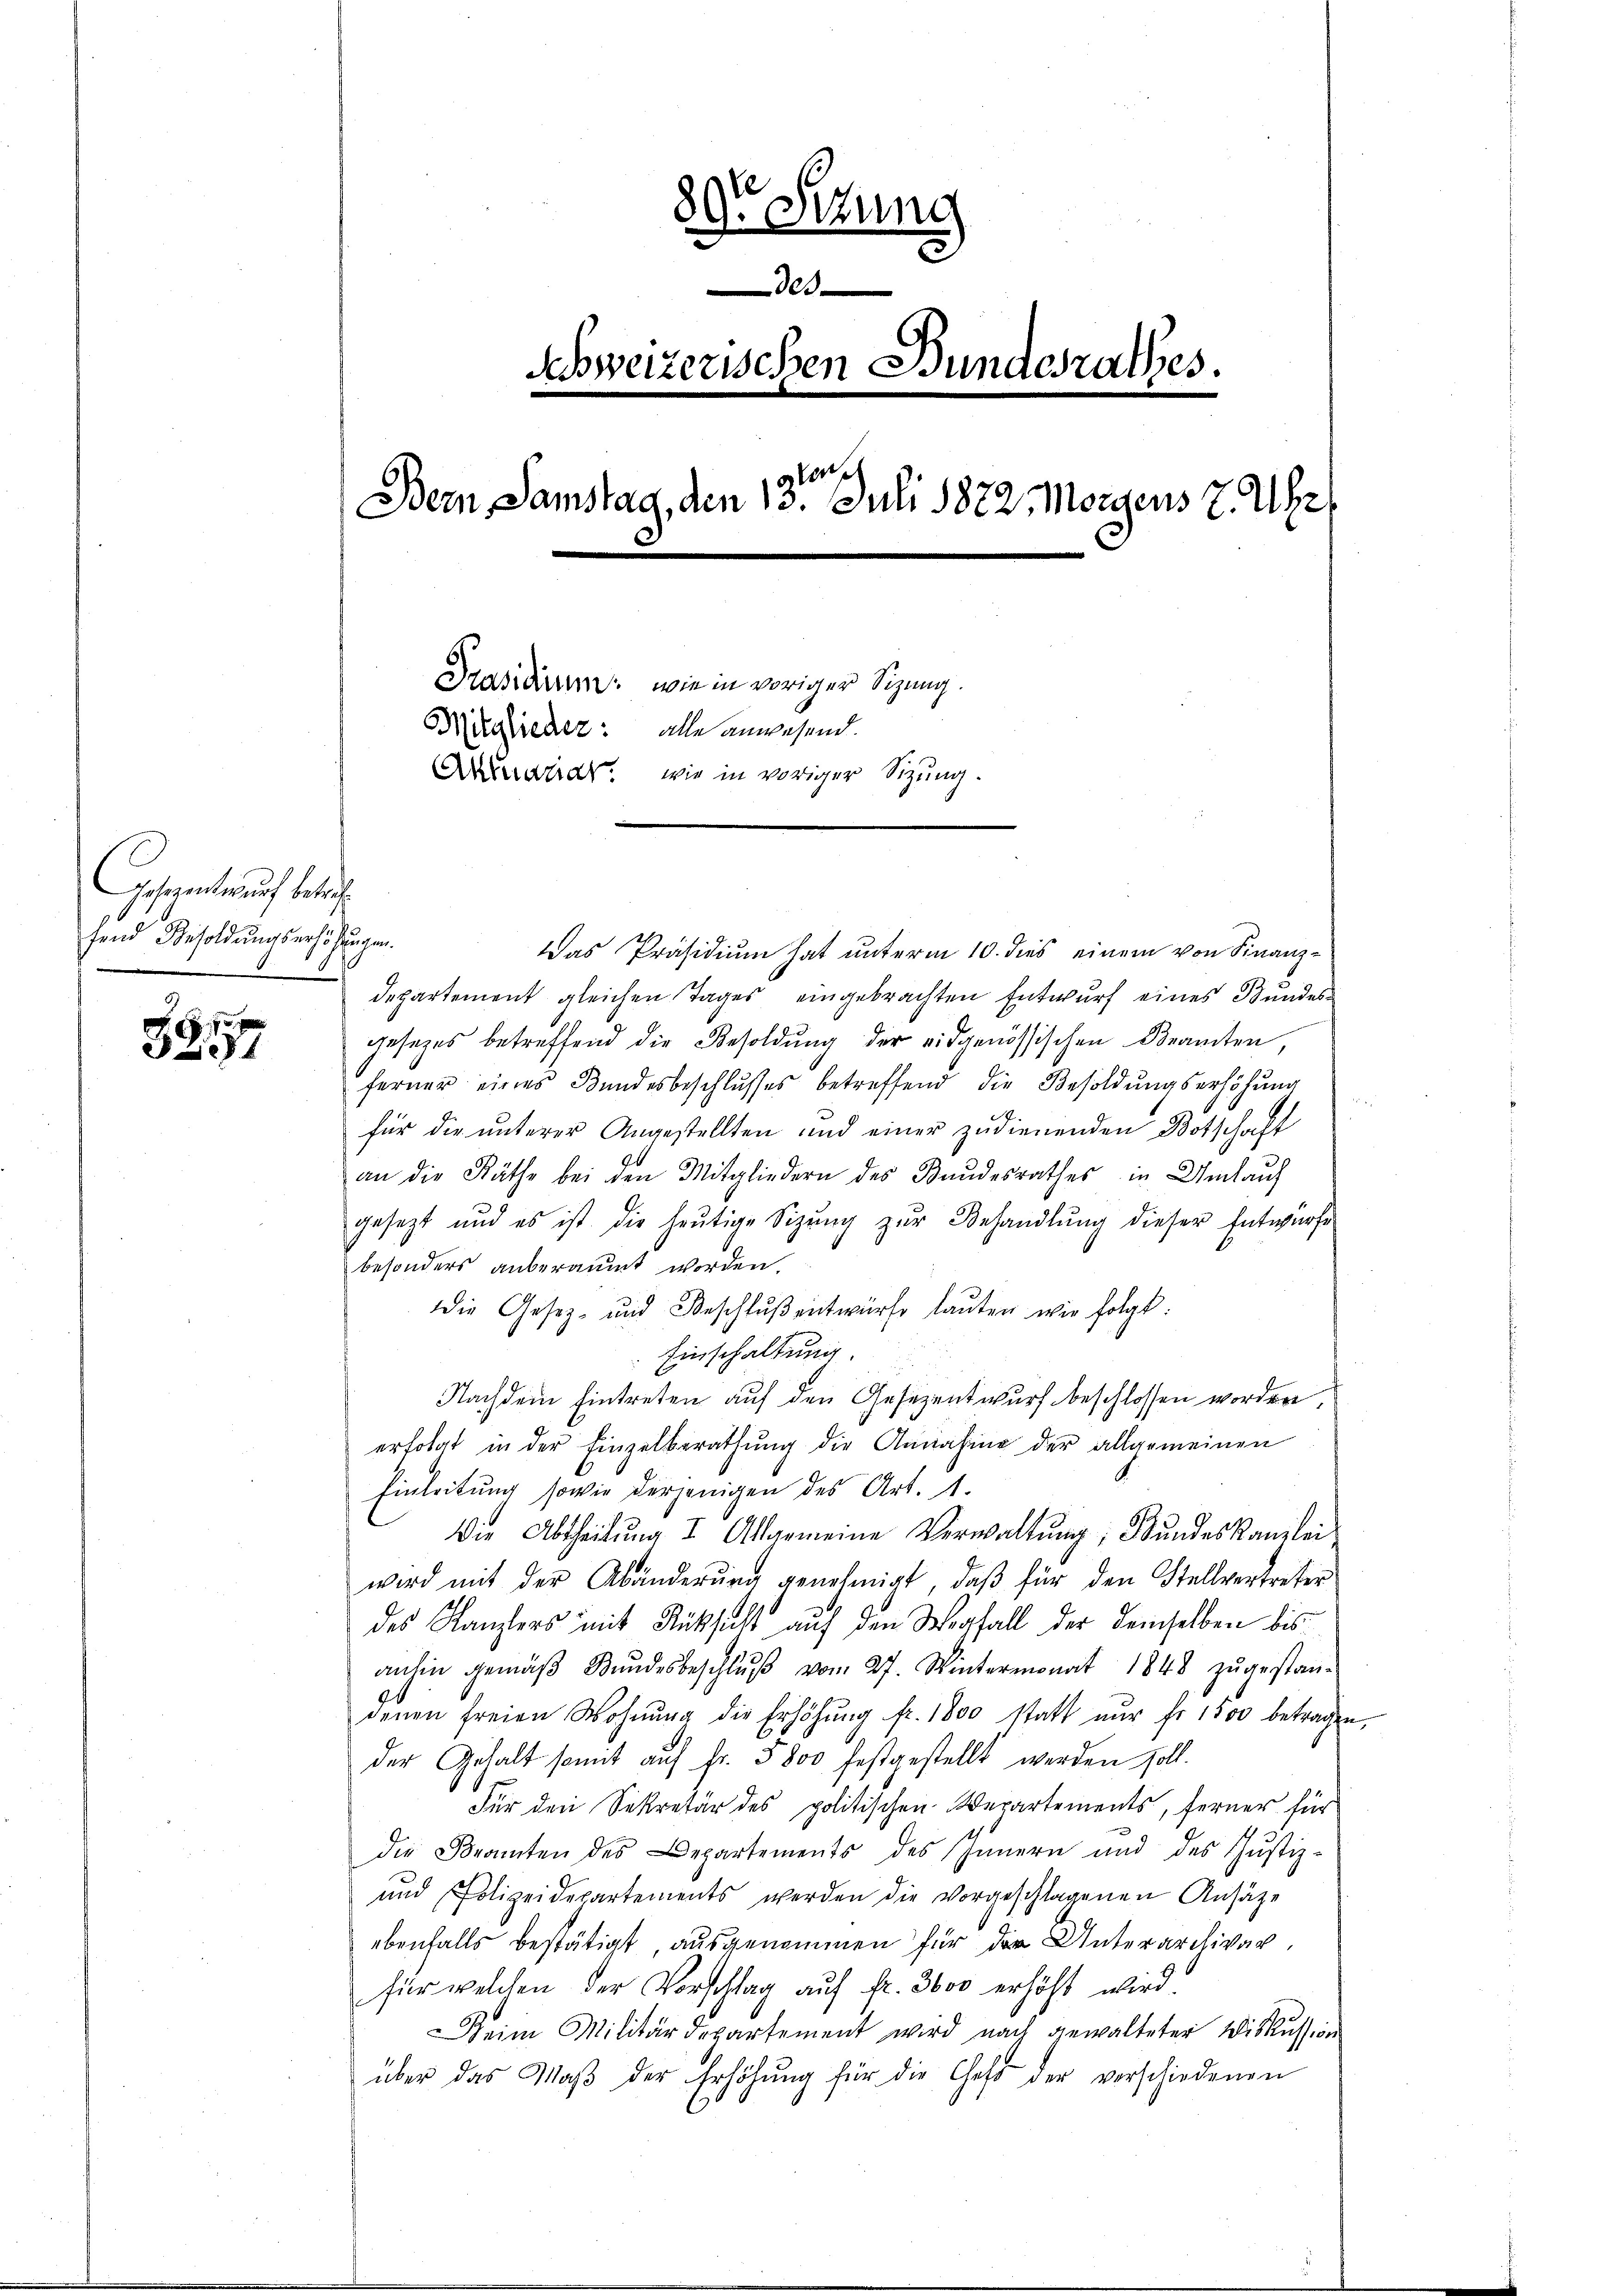
Gesezenter auf betreffend Besoldungserhöhungen.

17 f
8

89te Sitzung
00
schweizerischen Bundesrathes.
Dein Samstag, den 13ten Juli 1822. Morgens 7 Uhr
Präsidium, wie in voriger Sitzung.
Mitglieder: alle anwesend.
Arrestat, wie in voriger Sitzung.

Das Präsidium hat unterm 10. dies einem von Finanz-
Departement gleichen Tages eingebrachten Entwurf eines Bundesgesezes betreffend die Besoldung der eidgenössischen Beamten,
ferner eines Bundesbeschlusses betreffend die Besoldungserhöhung
für die unterer Angestellten und einer zudienenden Botschaft
an die Räthe bei den Mitgliedern des Bandesrathes in Umlauf
gesezt und es ist die heŭtige Sitzŭng zŭr Behandlŭng dieser Entwürfe
besonders anberaumt worden.
die Gesetz- und Beschlŭβ entwürfe lauten wie folgt:
Einschaltung.
Nachdem Eintreten auf den Gesezentwurf beschlossen worden,
erfolgt in der Einzelberathŭng die Annahme der allgemeinen
Einleitung sowie derjenigen des Art. 1.
Die Abtheilŭng I. Alarmeine Verwaltŭng, Bundeskanzlei
wird mit der Abänderung genehmigt, daß für den Stellvertreter
des Kanzlers mit Rücksicht auf den Wegfall der demselben bis
anhin gemäβ Kŭndesbeschlŭβ vom 27. Wintermonat 1848 zŭgestan-
denen freien Wohnŭng die Erhöhŭng fr. 1800 statt nŭr fr. 1500 betragen,
der Gehalt somit auf Fr. 5800 festgestellt werden Zoll.
Für den Sekretär des politischen Verartements, ferner für
die Beamten des Departements des Innern und des Justiz-
und Polizeidepartements werden die vorgeschlagenen Ansätze
ebenfalls bestätigt ausgenommen für der Unterarchivar,
für welchen der Vorschlag auf fr. 3000 erhöht wird.
eim Militärdepartement wird nach gewalteter Wiskussion
über das Maβ der Erhöhŭng für die Chef der verschiedenen